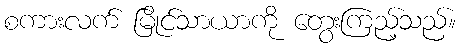
စကားလက် မြိုင်သာယာကို တွေးကြည့်သည်။